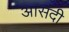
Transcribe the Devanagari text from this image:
आसंदी